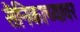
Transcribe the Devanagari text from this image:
सैनिकाच्यावर